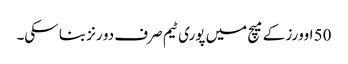
50 اوورز کے میچ میں پوری ٹیم صرف دو رنز بنا سکی۔